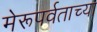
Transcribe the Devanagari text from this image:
मेरूपर्वताच्या